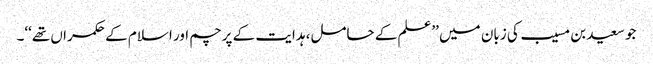
جو سعید بن مسیب کی زبان میں ’’علم کے حامل، ہدایت کے پرچم اور اسلام کے حکمراں تھے‘‘۔